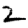
Digit: 2